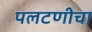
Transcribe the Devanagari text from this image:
पलटणीचा